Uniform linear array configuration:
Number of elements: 48
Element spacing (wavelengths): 0.5
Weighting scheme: exponential
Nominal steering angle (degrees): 0
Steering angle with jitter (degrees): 0.4859
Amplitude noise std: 0.05
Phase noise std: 0.05

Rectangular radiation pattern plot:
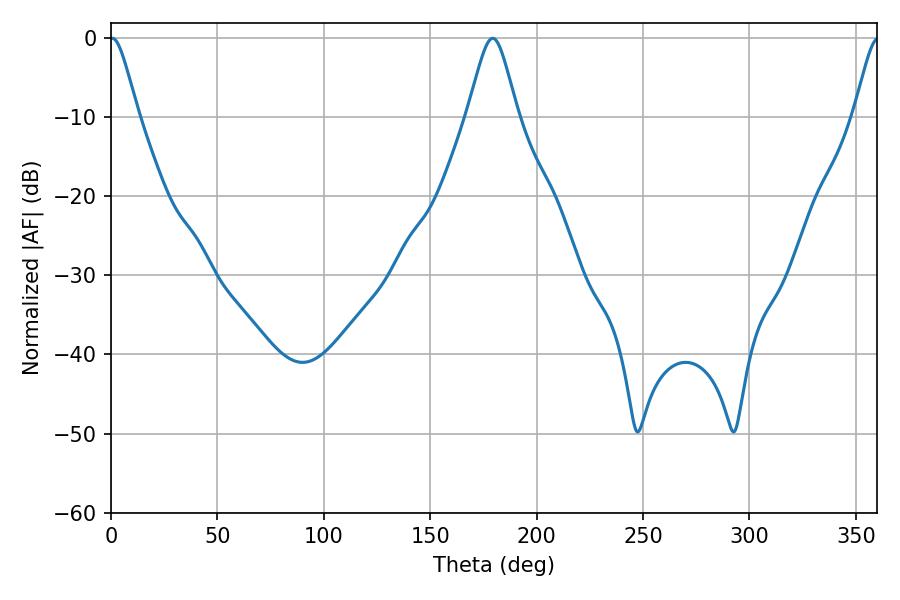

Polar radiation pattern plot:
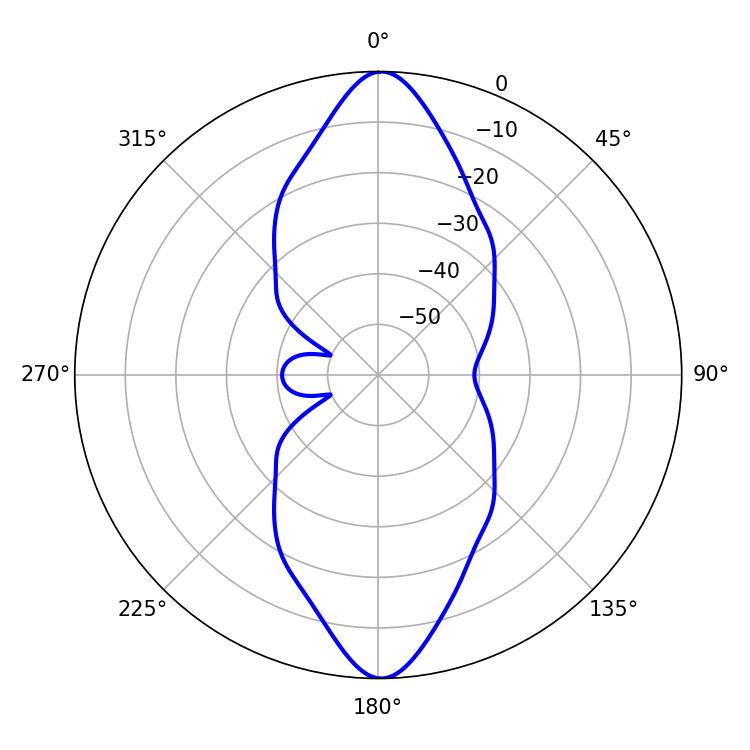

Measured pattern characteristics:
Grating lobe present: FALSE
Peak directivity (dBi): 25.382
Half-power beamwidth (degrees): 6.3
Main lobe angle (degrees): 0.72